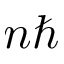
n \hbar